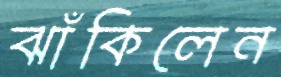
ঝাঁকিলেন